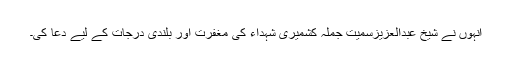
انہوں نے شیخ عبدالعزیزسمیت جملہ کشمیری شہداء کی مغفرت اور بلندی درجات کے لیے دُعا کی۔